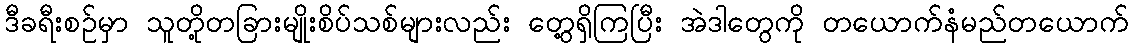
ဒီခရီးစဉ်မှာ သူတို့တခြားမျိုးစိပ်သစ်များလည်း တွေ့ရှိကြပြီး အဲဒါတွေကို တယောက်နံမည်တယောက်